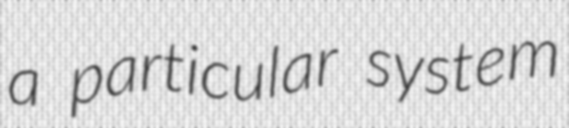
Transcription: a particular system